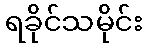
ရခိုင်သမိုင်း